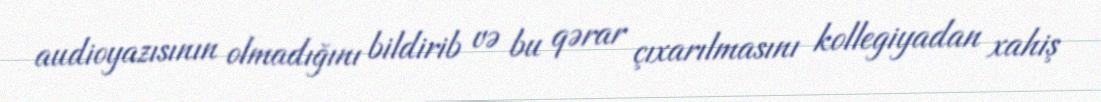
audioyazısının olmadığını bildirib və bu qərar çıxarılmasını kollegiyadan xahiş